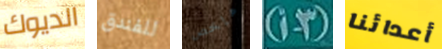
الديوك للفندق ملخص (3-أ) أعدائنا